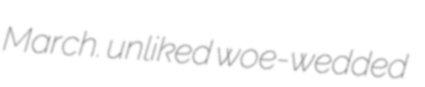
March. unliked woe-wedded